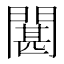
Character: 𮤘